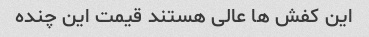
این کفش ها عالی هستند قیمت این چنده